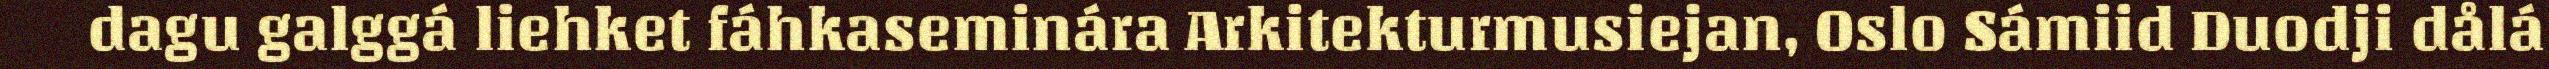
dagu galggá liehket fáhkaseminára Arkitekturmusiejan, Oslo Sámiid Duodji dålá